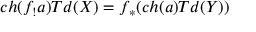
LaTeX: c h ( f _ { ! } a ) T d ( X ) = f _ { * } ( c h ( a ) T d ( Y ) )